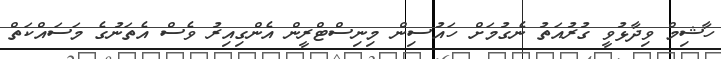
ހާޝިމް ވިދާޅުވީ ގުރުއަތު ނެގުމަށް ހައުސިން މިނިސްޓްރީން އެންގިއިރު ވެސް އެތަނުގެ މަސައްކަތް